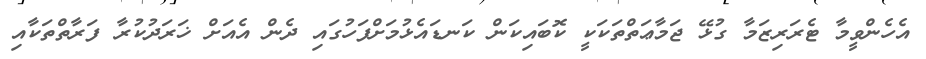
އެހެންވީމާ ޓެރަރިޒަމާ ގުޅޭ ޖަމާޢަތްތަކަކީ ކޮބައިކަން ކަނޑައެޅުމަށްފަހުގަައި ދެން އެއަށް ޚަރަދުކުރާ ފަރާތްތަކާއި